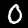
Digit: 0